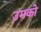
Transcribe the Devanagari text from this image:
उमको